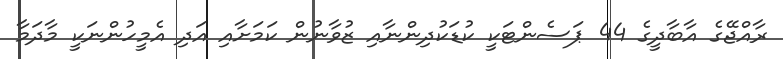
ރާއްޖޭގެ އާބާދީގެ 44 ޕަސެންޓަކީ ކުޑަކުދިންނާއި ޒުވާނުން ކަމަށާއި އަދި އެމީހުންނަކީ މާދަމާ